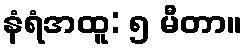
နံရံအထူ: ၅ မီတာ။